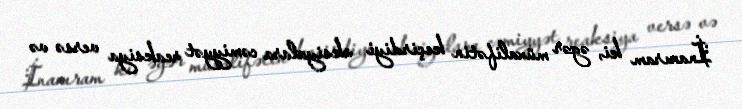
İnanıram ki, əgər müxalifətin keçirdiyi aksiyalara cəmiyyət reaksiya versə və